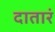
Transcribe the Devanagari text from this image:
दातारं